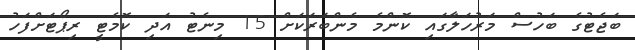
ބަޖެޓުގެ ބަހުސް މަރުހަލާގައި ކޮންމެ މެންބަރަކަށް 15 މިނެޓު އަދި ކޮމެޓީ ރިޕޯޓަށްފަހު